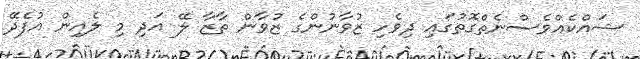
ޝައްކެއްވެސްނެތްގޮތުގައި ދިވެހި ޒުވާނުންގެ ޒުވާން ތާޒާ ލޭ އަދި މި ލެއިން އުފެދޭ